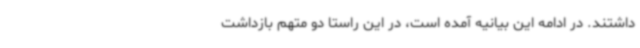
داشتند. در ادامه این بیانیه آمده است، در این راستا دو متهم بازداشت